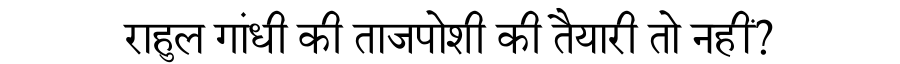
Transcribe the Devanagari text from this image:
राहुल गांधी की ताजपोशी की तैयारी तो नहीं?